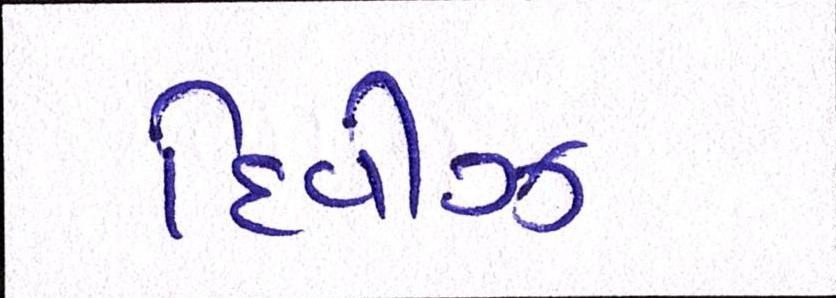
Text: દિવીઝ